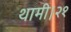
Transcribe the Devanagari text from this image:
थामी।२१